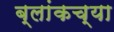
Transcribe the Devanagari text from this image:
ब्लांकच्या